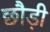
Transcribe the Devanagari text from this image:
छौड़ी